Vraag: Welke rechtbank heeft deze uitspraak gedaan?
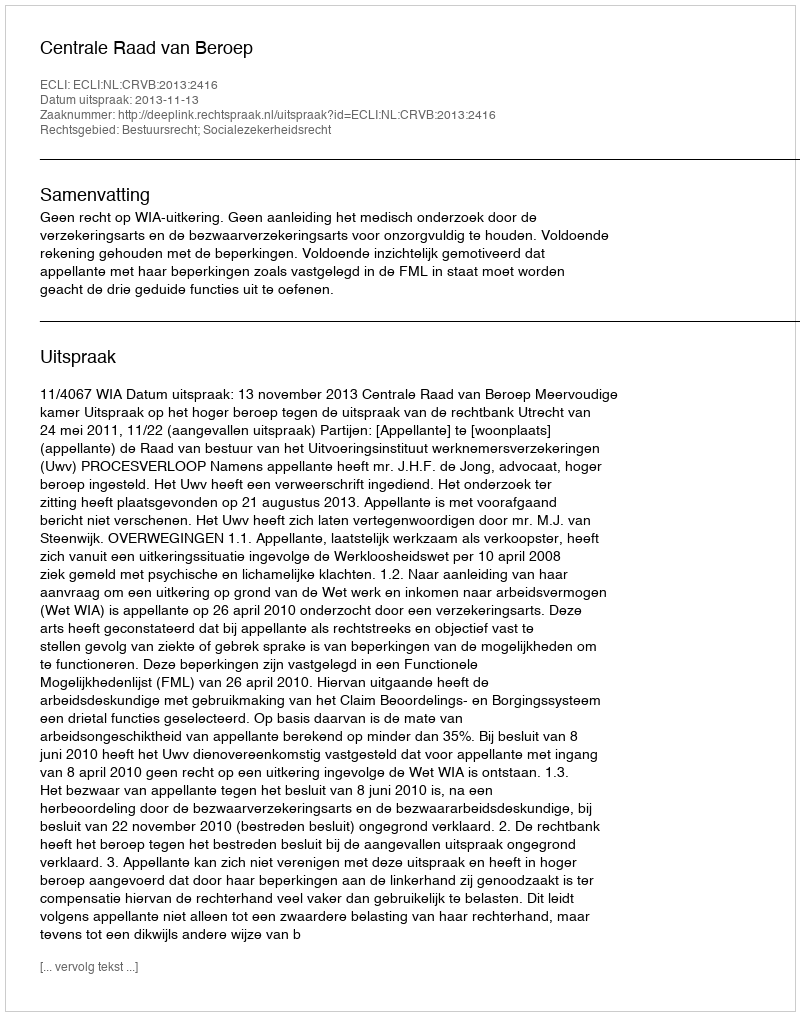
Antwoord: Centrale Raad van Beroep